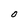
Character: 0